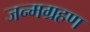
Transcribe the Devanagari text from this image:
जन्मग्रहण